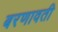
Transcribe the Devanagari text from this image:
बरणावती